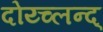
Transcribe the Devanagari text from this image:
दोय्च्लन्द्